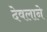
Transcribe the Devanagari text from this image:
देवलाने